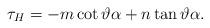
LaTeX: \begin{align*}\tau_{H}&=-m\cot \vartheta \alpha +n\tan \vartheta \alpha . \end{align*}